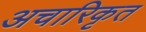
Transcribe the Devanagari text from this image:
अचारिकृत